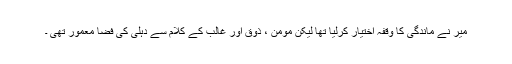
میرؔ نے ماندگی کا وقفہ اختیار کرلیا تھا لیکن مومن ، ذوق اور غالب کے کلام سے دہلی کی فضا معمور تھی ۔